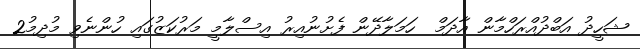
ޝަހީދު އަބްދުއްރަހްމާން އާދަމް  ހަމަލާދޭން ފެށުނުއިރު އިސްލާމީ މަރުކަޒުގައި ހުންނެވި މުދިމު2